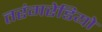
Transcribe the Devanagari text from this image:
तरंगरेडियो